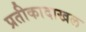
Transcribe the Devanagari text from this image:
प्रतीकादाखल